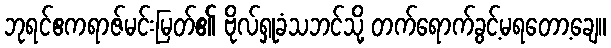
ဘုရင်ဧကရာဇ်မင်းမြတ်၏ ဗိုလ်ရှုခံသဘင်သို့ တက်ရောက်ခွင့်မရတော့ချေ။